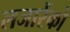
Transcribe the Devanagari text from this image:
लजारेंको